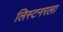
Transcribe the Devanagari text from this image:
लिस्टनरला